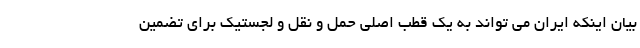
بیان اینکه ایران می تواند به یک قطب اصلی حمل و نقل و لجستیک برای تضمین